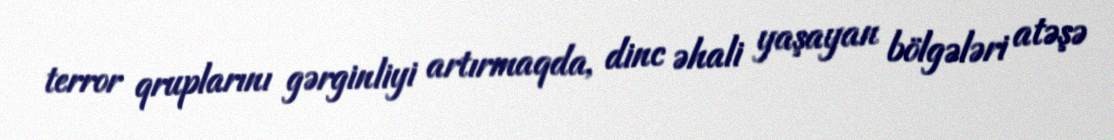
terror qruplarını gərginliyi artırmaqda, dinc əhali yaşayan bölgələri atəşə